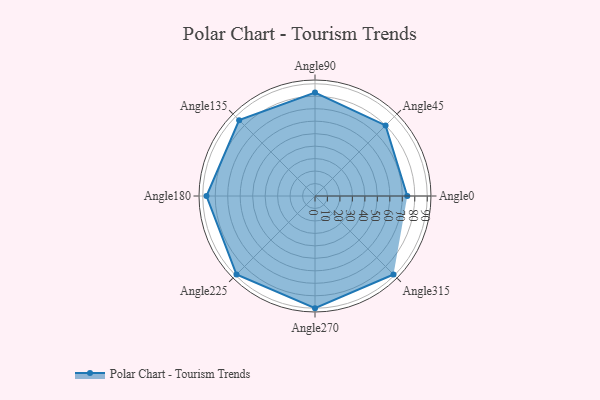
{"axis": {"x": "Angle", "y": "Radius"}, "legend": [""], "data": [{"x": "Angle0", "y": 74.0, "type": ""}, {"x": "Angle45", "y": 80.0, "type": ""}, {"x": "Angle90", "y": 83.0, "type": ""}, {"x": "Angle135", "y": 86.0, "type": ""}, {"x": "Angle180", "y": 87.0, "type": ""}, {"x": "Angle225", "y": 89.0, "type": ""}, {"x": "Angle270", "y": 90.0, "type": ""}, {"x": "Angle315", "y": 89.0, "type": ""}]}